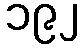
၁၉၂